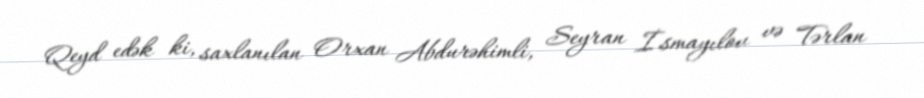
Qeyd edək ki, saxlanılan Orxan Abdurəhimli, Seyran İsmayılov və Tərlan